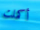
أكملت